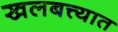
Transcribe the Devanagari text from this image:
खलबत्त्यात